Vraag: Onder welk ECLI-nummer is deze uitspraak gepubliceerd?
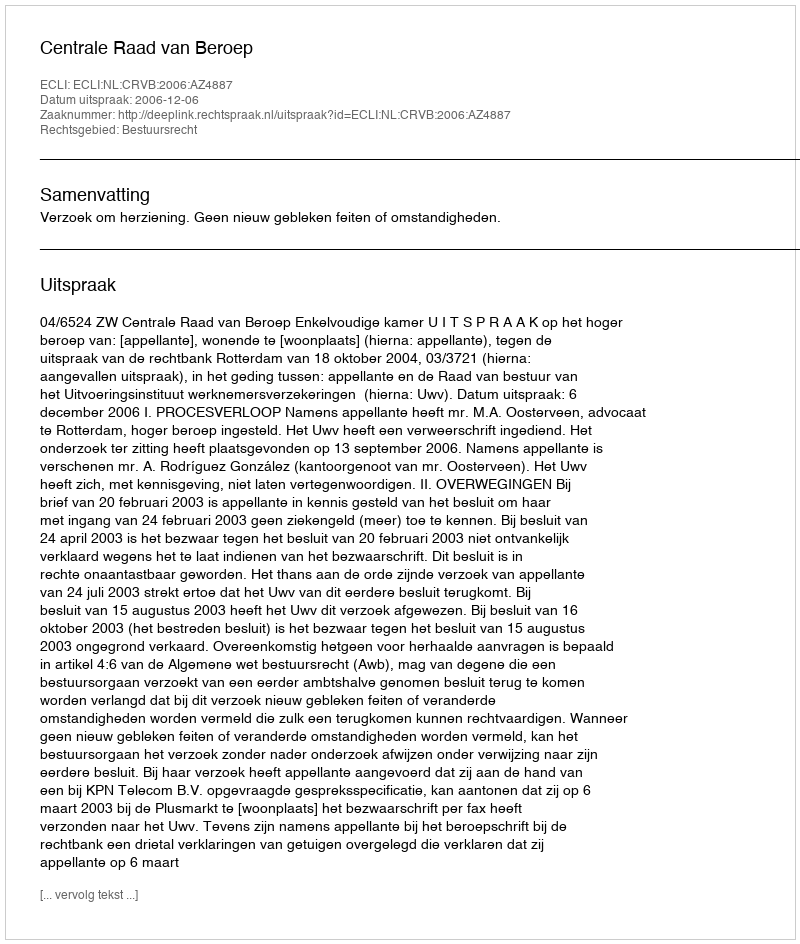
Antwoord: ECLI:NL:CRVB:2006:AZ4887